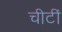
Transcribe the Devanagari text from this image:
चीटीं